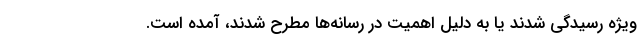
ویژه رسیدگی شدند یا به دلیل اهمیت در رسانه‌ها مطرح شدند، آمده است.